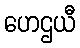
ဟေဌယီ